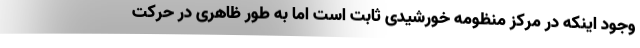
وجود اینکه در مرکز منظومه خورشیدی ثابت است اما به طور ظاهری در حرکت